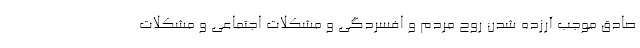
صادق موجب آرزده شدن روح مردم و افسردگی و مشکلات اجتماعی و مشکلات